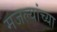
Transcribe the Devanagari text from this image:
मजल्यांच्या